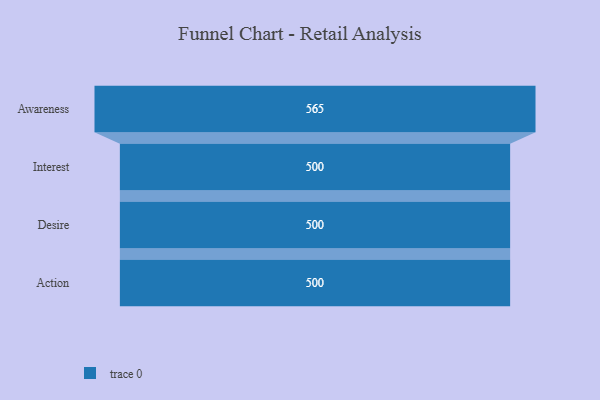
{"axis": {"x": "Stage", "y": "Value"}, "legend": [""], "data": [{"x": "Awareness", "y": 565.0, "type": ""}, {"x": "Interest", "y": 500, "type": ""}, {"x": "Desire", "y": 500, "type": ""}, {"x": "Action", "y": 500, "type": ""}]}